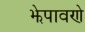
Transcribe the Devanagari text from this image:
झेपावणे